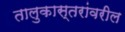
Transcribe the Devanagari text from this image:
तालुकास्तरांवरील